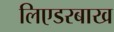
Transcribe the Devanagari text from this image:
लिएडरबाख